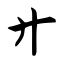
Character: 廾